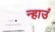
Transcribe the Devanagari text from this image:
न्हाउं